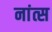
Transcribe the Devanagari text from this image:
नांत्स